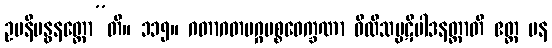
ဥပနိဗန္ဓနတ္ထော”တိ။ ၁၁၅။ ဂတာဂတမဂ္ဂပစ္စဝေက္ခဏာ ဝီထိသမ္ပဋိပါဒနတ္ထာတိ ဧတ္ထ ပန